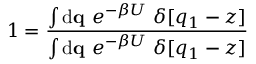
1 = \frac { \int \ensuremath { \mathrm { d } } \ensuremath { \mathbf { q } } \ e ^ { - \beta U } \ \delta [ q _ { 1 } - z ] } { \int \ensuremath { \mathrm { d } } \ensuremath { \mathbf { q } } \ e ^ { - \beta U } \ \delta [ q _ { 1 } - z ] }